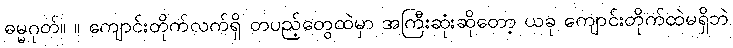
ဓမ္မဂုတ်။ ။ ကျောင်းတိုက်လက်ရှိ တပည့်တွေထဲမှာ အကြီးဆုံးဆိုတော့ ယခု ကျောင်းတိုက်ထဲမရှိဘဲ